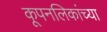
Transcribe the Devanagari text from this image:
कूपनलिकांच्या